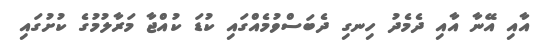
އާއި އޭނާ އާއި ދެމެދު ހިނގި ދެބަސްވުމެއްގައި ކުޑަ ކުއްޖާ މަރާލުމުގެ ކުށުގައި